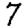
Digit: 7